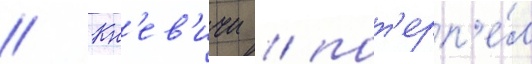
// Кн'ев'ичи / пот'ерп'е́л